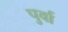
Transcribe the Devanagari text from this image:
पुर्वा